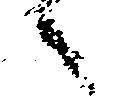
へ